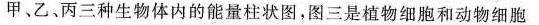
系统中甲、乙、丙三种生物体内的能量柱状图，图三是植物细胞和动物细胞